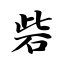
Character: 砦